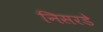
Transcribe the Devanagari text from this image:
निसरडे